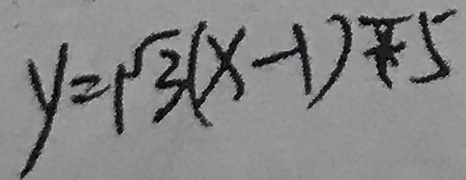
y = \sqrt { 3 } ( x - 1 ) - 5